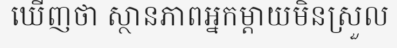
ឃើញថា ស្ថានភាពអ្នកម្តាយមិនស្រួល